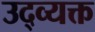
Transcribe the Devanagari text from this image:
उद्व्यक्त